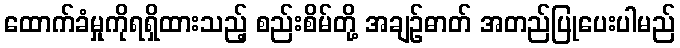
ထောက်ခံမှုကိုရရှိထားသည့် စည်းစိမ်တို့ အချဉ်ဓာတ် အတည်ပြုပေးပါမည်